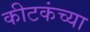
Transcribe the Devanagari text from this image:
कीटकंच्या